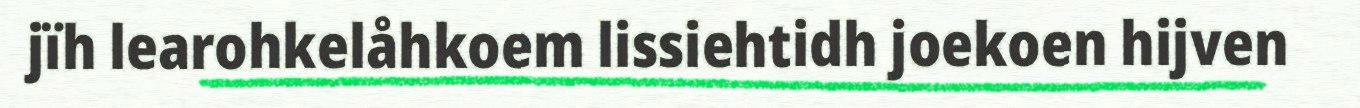
jïh learohkelåhkoem lissiehtidh joekoen hijven